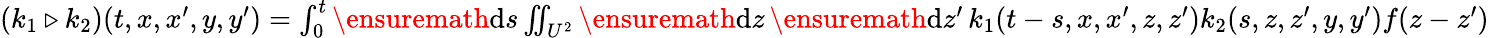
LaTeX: \begin{array}{r}{(k_{1}\triangleright k_{2})(t,x,x^{\prime},y,y^{\prime})=\int_{0}^{t}\ensuremath{\mathrm{d}}s\iint_{U^{2}}\ensuremath{\mathrm{d}}z\, \ensuremath{\mathrm{d}}z^{\prime}\, k_{1}(t-s,x,x^{\prime},z,z^{\prime})k_{2}(s,z,z^{\prime},y,y^{\prime})f(z-z^{\prime})}\end{array}